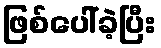
ဖြစ်ပေါ်ခဲ့ပြီး